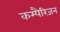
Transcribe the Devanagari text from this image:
कम्पैरिजन